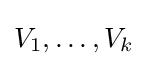
V_{1},\ldots ,V_{k}